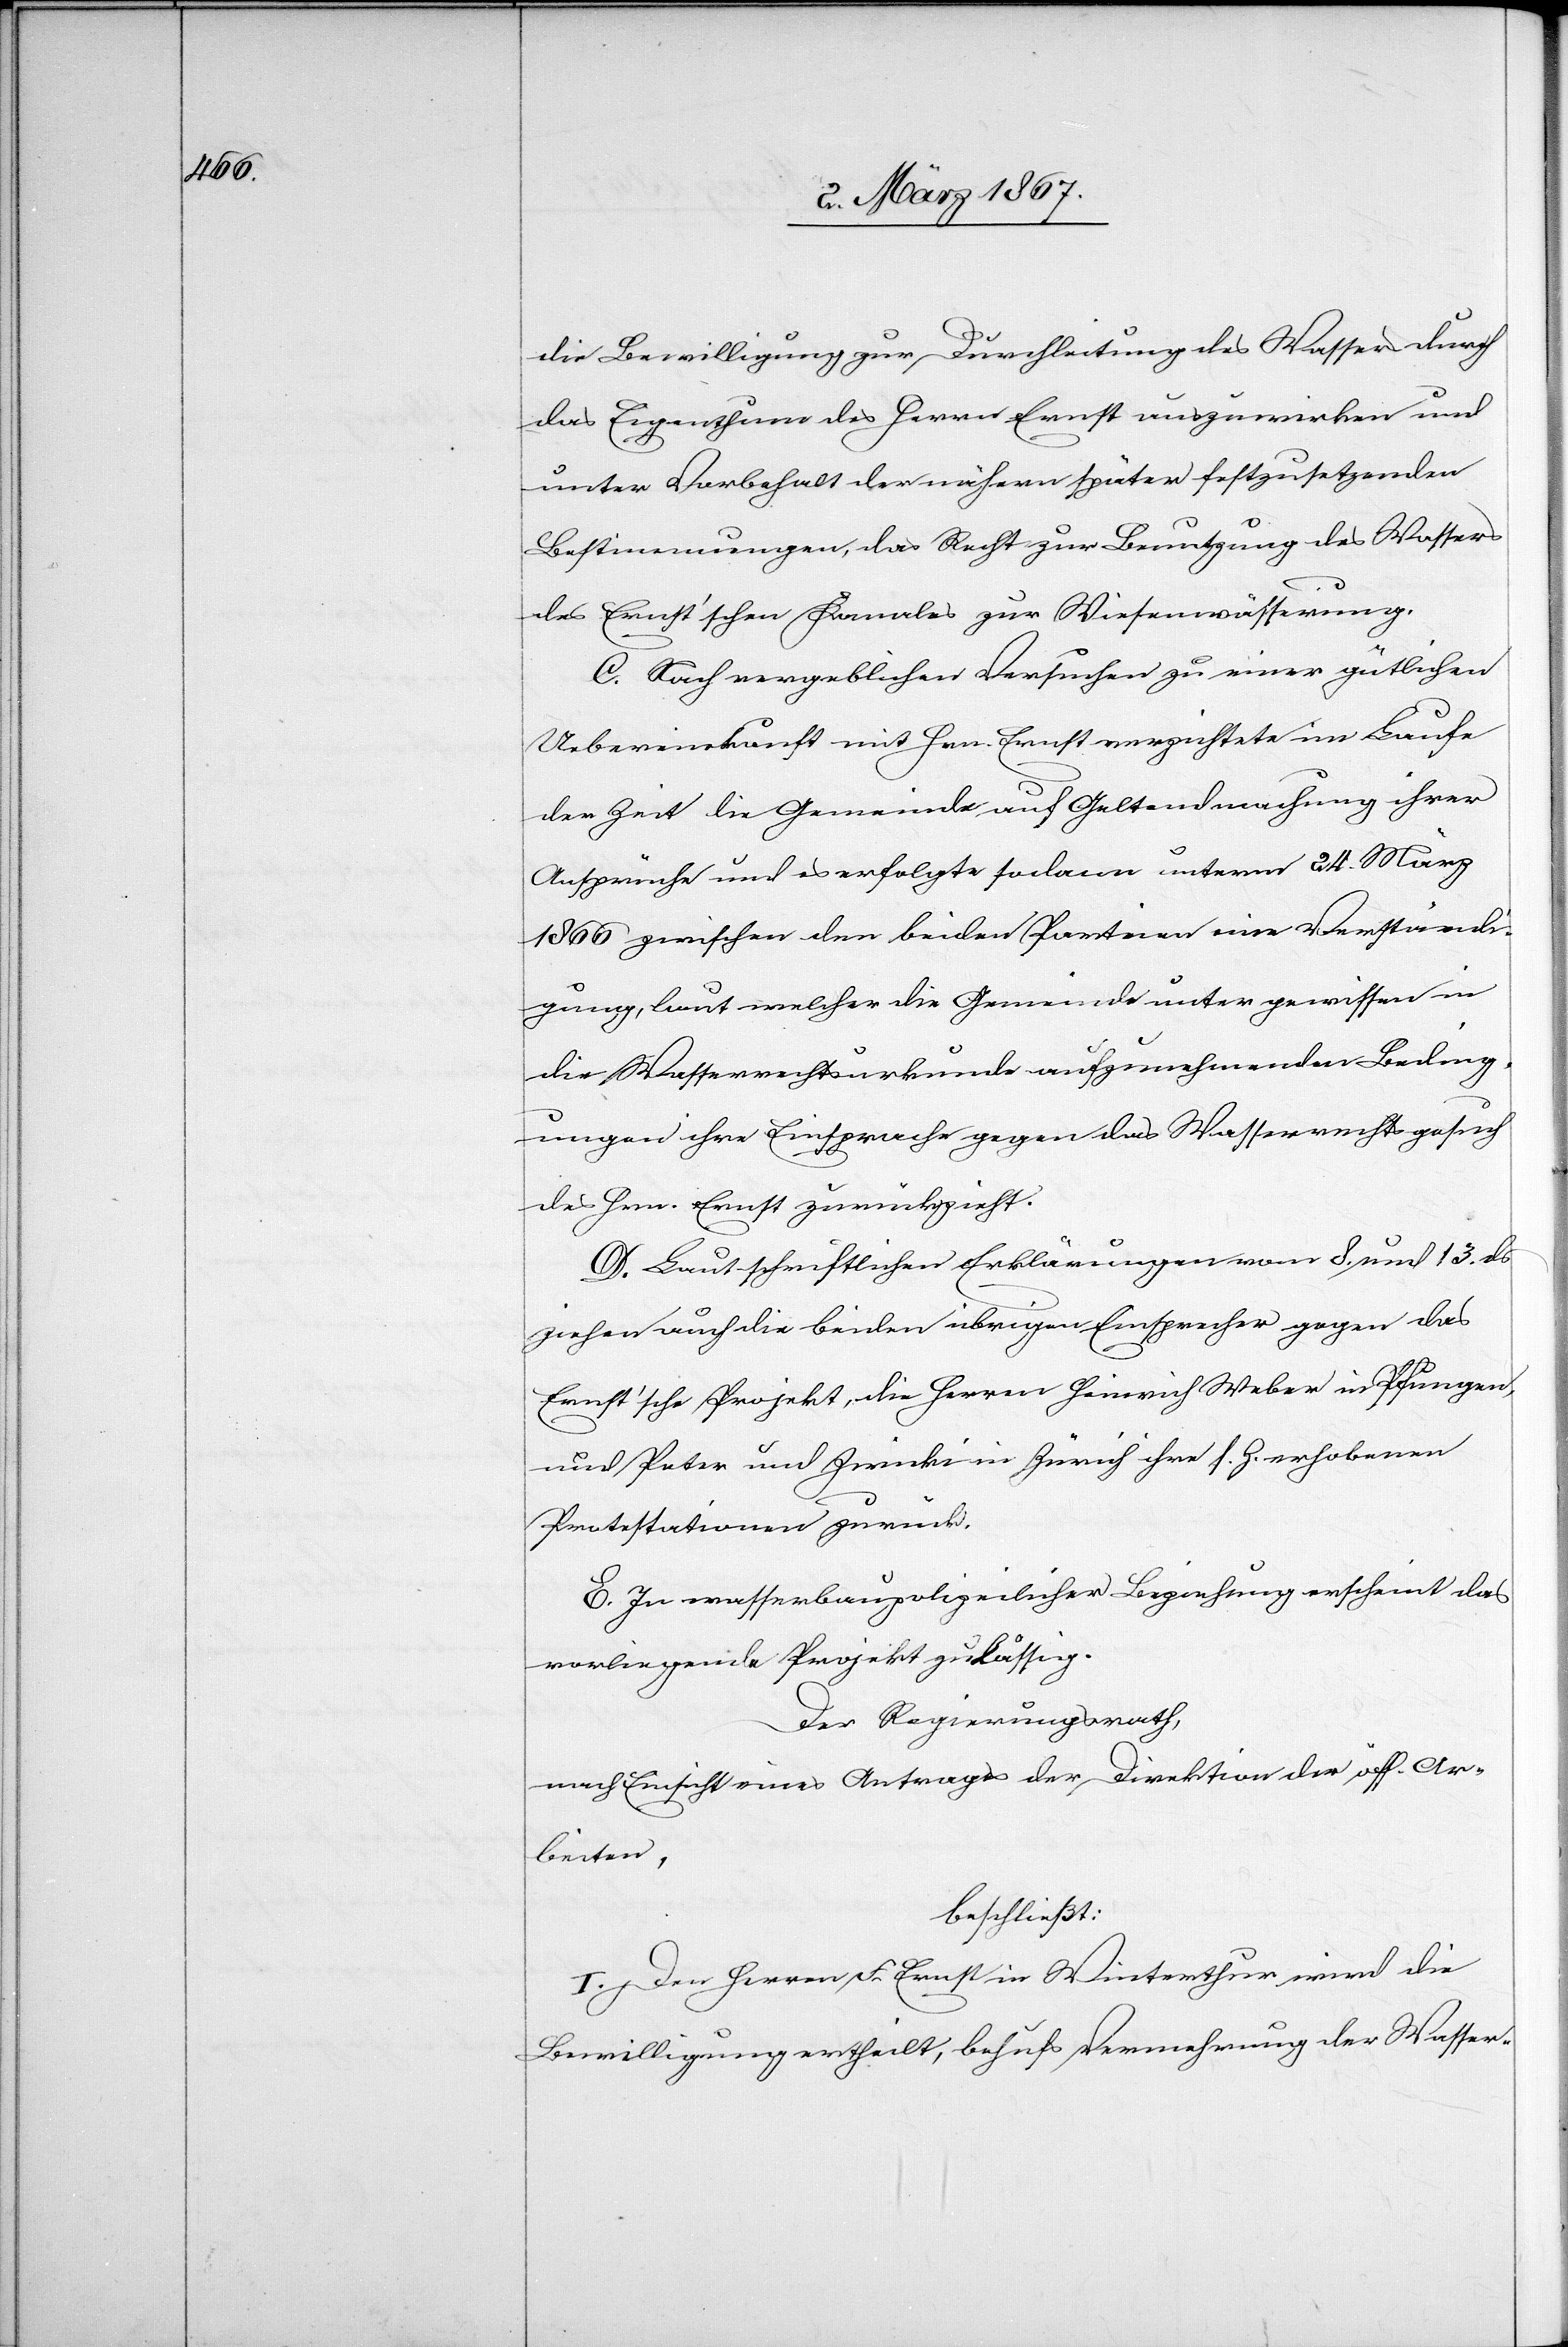
die Bewilligung zur Durchleitung des Wassers durch
das Eigenthum des Herrn Ernst auszuwirken und
unter Vorbehalt der nähern später festzusetzenden
Bestimmungen, das Recht zur Benutzung des Wassers
des Ernst’schen Kanales zur Wiesenwässerung.
C. Nach vergeblichen Versuchen zu einer gütlichen
Uebereinkunft mit Hrn. Ernst verzichtete im Laufe
der Zeit die Gemeinde auf Geltendmachung ihrer
Ansprüche und es erfolgte sodann unterm 24. März
1866 zwischen den beiden Parteien eine Verständi¬
gung, laut welcher die Gemeinde unter gewissen in
die Wasserrechtsurkunde aufzunehmenden Beding¬
ungen ihre Einsprache gegen das Wasserrechtsgesuch
des Hrn. Ernst zurückzieht.
D. Laut schriftlichen Erklärungen vom 8. und 13. ds
ziehen auch die beiden übrigen Einsprecher gegen das
Ernst’sche Projekt, die Herren Heinrich Weber in Pfungen,
und Peter und Zwicki in Zürich ihre s. Z. erhobenen
Protestationen zurück.
E. In wasserbaupolizeilicher Beziehung erscheint das
vorliegende Projekt zulässig.
Der Regierungsrath,
nach Einsicht eines Antrages der Direktion der öff. Ar¬
beiten,
beschließt:
I. Den Herren [sic!] F. Ernst in Winterthur wird die
Bewilligung ertheilt, behufs Vermehrung der Wasser-